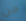
من